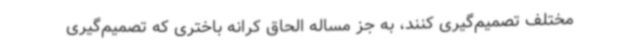
مختلف تصمیم‌گیری کنند، به جز مساله الحاق کرانه باختری که تصمیم‌گیری